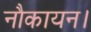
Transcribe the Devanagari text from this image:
नौकायन।